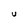
Character: U